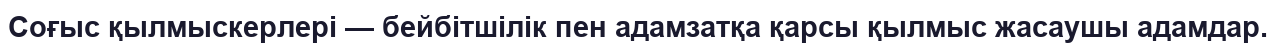
Соғыс қылмыскерлері — бейбітшілік пен адамзатқа қарсы қылмыс жасаушы адамдар.